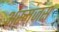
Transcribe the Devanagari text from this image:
अस्मंजस